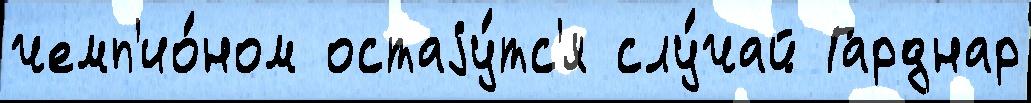
чемп'ио́ном остаjу́тс'я слу́чай Гарднар